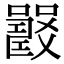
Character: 𡄉